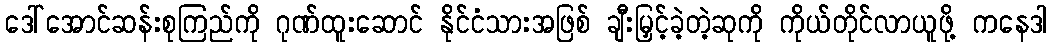
ဒေါ်အောင်ဆန်းစုကြည်ကို ဂုဏ်ထူးဆောင် နိုင်ငံသားအဖြစ် ချီးမြှင့်ခဲ့တဲ့ဆုကို ကိုယ်တိုင်လာယူဖို့ ကနေဒါ